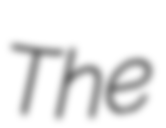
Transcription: The